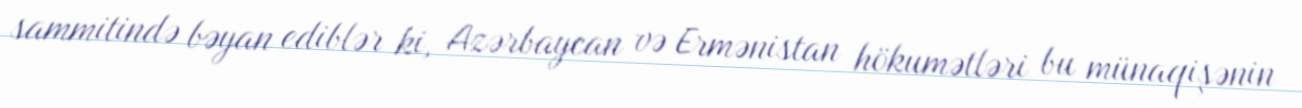
sammitində bəyan ediblər ki, Azərbaycan və Ermənistan hökumətləri bu münaqişənin